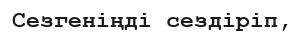
Сезгеніңді сездіріп,